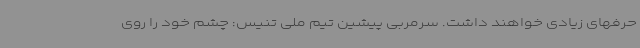
حرفهای زیادی خواهند داشت. سرمربی پیشین تیم ملی تنیس: چشم خود را روی